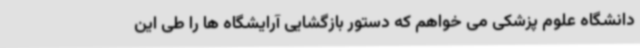
دانشگاه علوم پزشکی می خواهم که دستور بازگشایی آرایشگاه ها را طی این